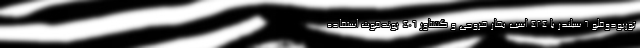
توربودوقلو 6 سیلندر با 424 اسب بخار خروجی و گشتاور 406 پوندفوت استفاده